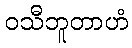
ဝသီဘူတာဟံ